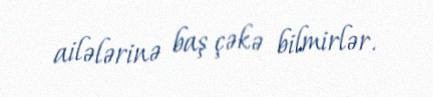
ailələrinə baş çəkə bilmirlər.